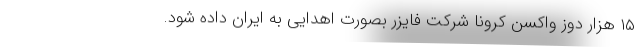
۱۵ هزار دوز واکسن کرونا شرکت فایزر بصورت اهدایی به ایران داده شود.